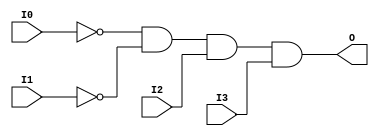
// $Header: /devl/xcs/repo/env/Databases/CAEInterfaces/xec_libs/data/unisims/AND4B2.v,v 1.1 2005/05/10 01:20:03 wloo Exp $

/*

FUNCTION	: 4-INPUT AND GATE

*/

`celldefine
`timescale  100 ps / 10 ps

module AND4B2 (O, I0, I1, I2, I3);

    output O;

    input  I0, I1, I2, I3;

    not N1 (i1_inv, I1);
    not N0 (i0_inv, I0);
    and A1 (O, i0_inv, i1_inv, I2, I3);

endmodule